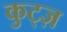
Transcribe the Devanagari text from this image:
कुट्ज़